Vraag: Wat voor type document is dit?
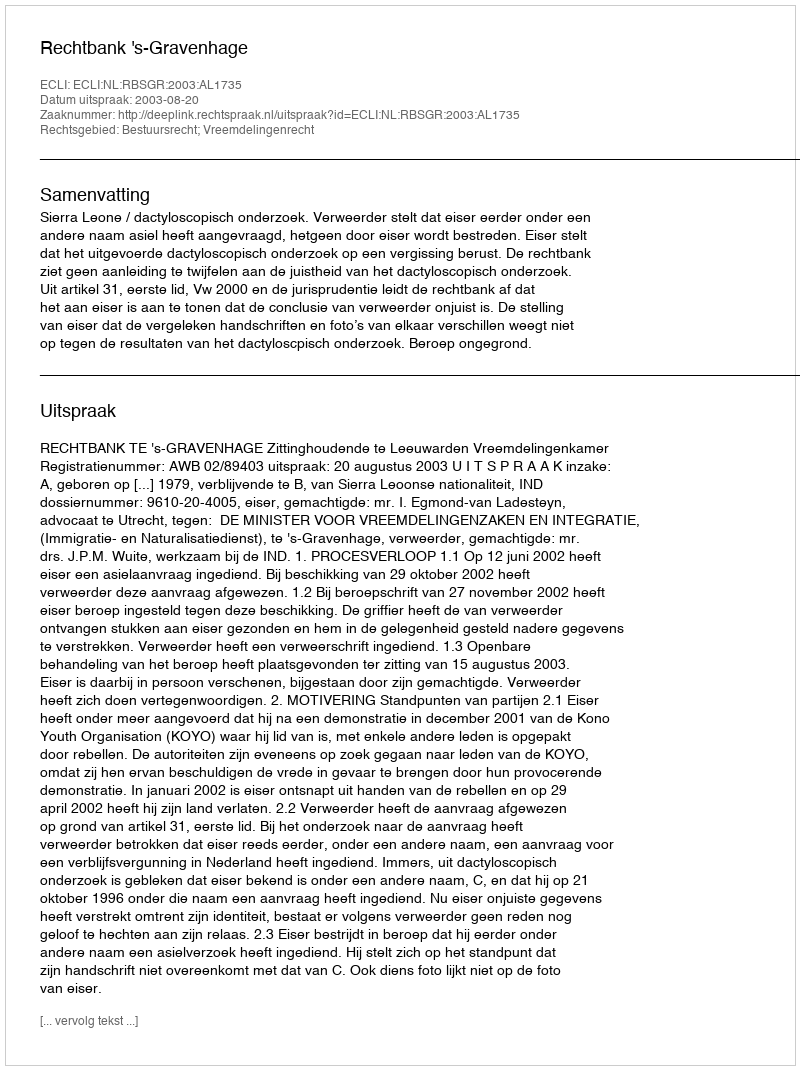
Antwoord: Uitspraak